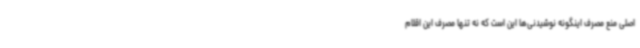
اصلی منع مصرف اینگونه نوشیدنی‌ها این است که نه تنها مصرف این اقلام